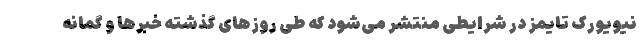
نیویورک تایمز در شرایطی منتشر می‌شود که طی روزهای گذشته خبرها و گمانه